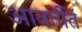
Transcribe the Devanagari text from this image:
आवर्तीत